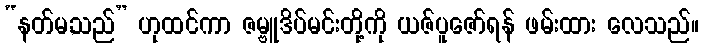
“နတ်မ,သည်” ဟုထင်ကာ ဇမ္ဗူဒိပ်မင်းတို့ကို ယဇ်ပူဇော်ရန် ဖမ်းထား လေသည်။